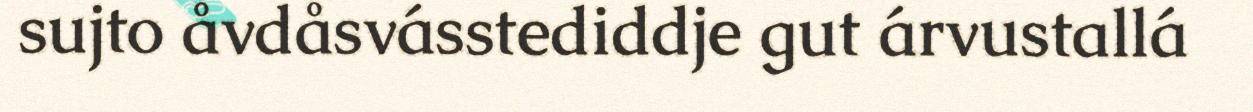
sujto åvdåsvásstediddje gut árvustallá